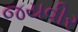
જયવીર